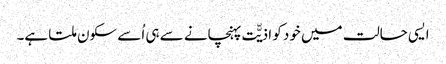
ایسی حالت میں خود کو اذیّّت پہنچانے سے ہی اُسے سکون ملتا ہے۔